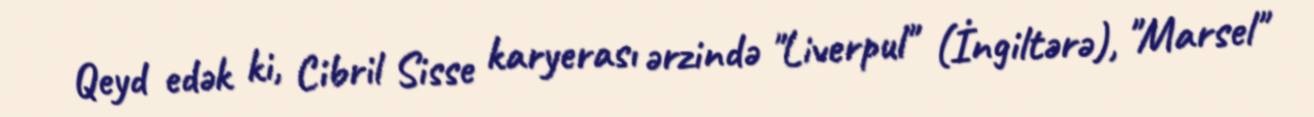
Qeyd edək ki, Cibril Sisse karyerası ərzində "Liverpul" (İngiltərə), "Marsel"